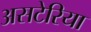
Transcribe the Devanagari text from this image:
असटेरिया